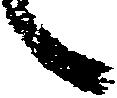
々